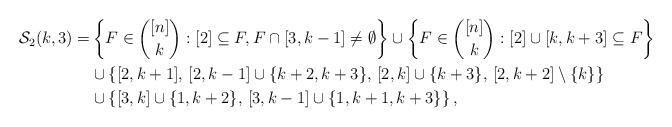
LaTeX: \begin{align*}\begin{aligned}\mathcal S_2(k,3)=&\left\{F\in\binom{[n]}{k}:[2]\subseteq F,F\cap[3,k-1]\neq\emptyset\right\}\cup\left\{F\in\binom{[n]}{k}:[2]\cup[k,k+3]\subseteq F\right\}\\&\cup\left\{[2,k+1],\, [2,k-1]\cup\{k+2,k+3\},\, [2,k]\cup\{k+3\},\, [2,k+2]\setminus\{k\}\right\}\\&\cup\left\{[3,k]\cup\{1,k+2\},\, [3,k-1]\cup\{1,k+1,k+3\}\right\},\end{aligned}\end{align*}